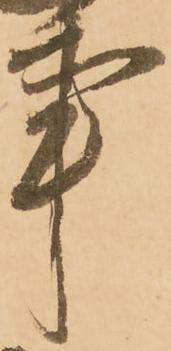
事